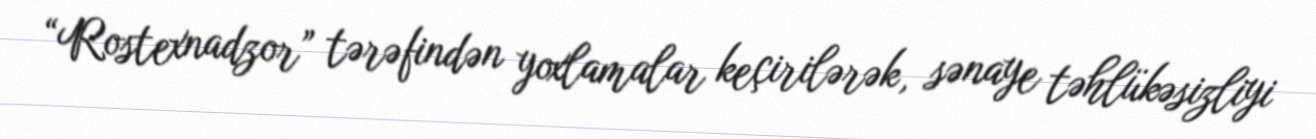
“Rostexnadzor” tərəfindən yoxlamalar keçirilərək, sənaye təhlükəsizliyi